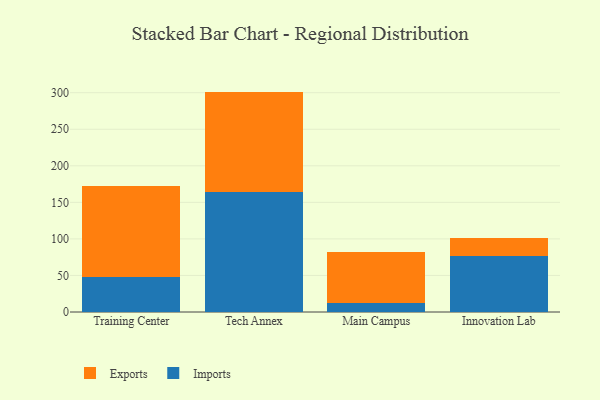
{"axis": {"x": "Campus", "y": "Conversion Rate (%)"}, "legend": ["Exports", "Imports"], "data": [{"x": "Training Center", "y": 47.9, "type": "Imports"}, {"x": "Training Center", "y": 124.4, "type": "Exports"}, {"x": "Tech Annex", "y": 163.7, "type": "Imports"}, {"x": "Tech Annex", "y": 137.8, "type": "Exports"}, {"x": "Main Campus", "y": 12.1, "type": "Imports"}, {"x": "Main Campus", "y": 69.9, "type": "Exports"}, {"x": "Innovation Lab", "y": 76.1, "type": "Imports"}, {"x": "Innovation Lab", "y": 25.5, "type": "Exports"}]}